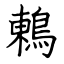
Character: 鶇